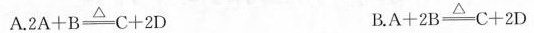
A.$$2 A + B \xrightarrow △- C + 2 D$$ B.$$A + 2 B \xrightarrow △- C + 2 D$$